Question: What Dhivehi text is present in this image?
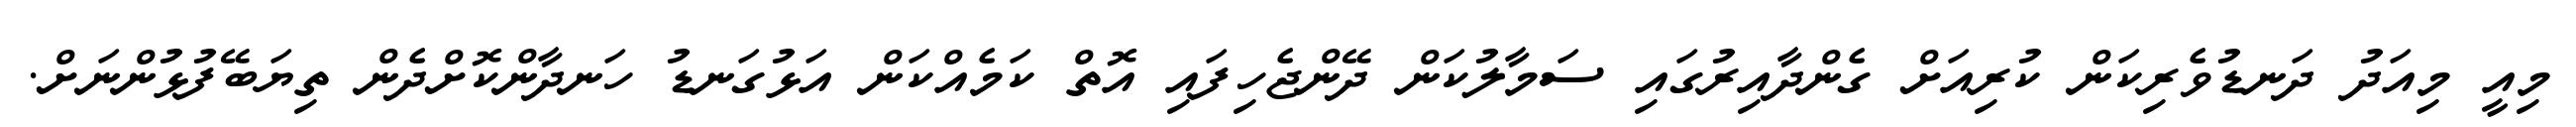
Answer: މިއީ މިއަދު ދަނޑުވެރިކަން ކުރިއަށް ގެންދާއިރުގައި ސަމާލުކަން ދޭންޖެހިފައި އޮތް ކަމެއްކަން އަޅުގަނޑު ހަނދާންކޮށްދެން ތިޔަބޭފުޅުންނަށް.